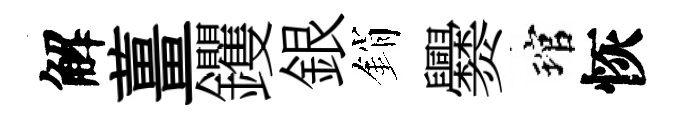
解薑钁銀銷爨琯恢